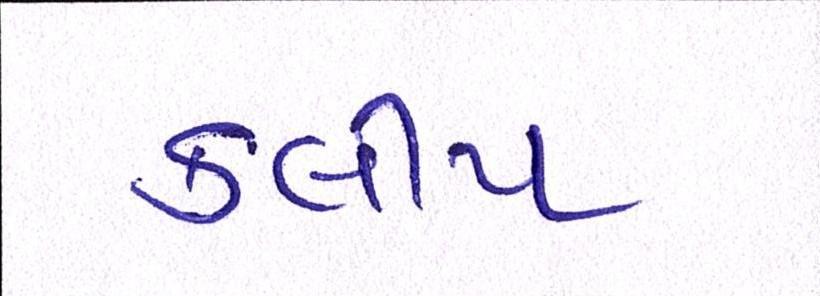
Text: કલીપ